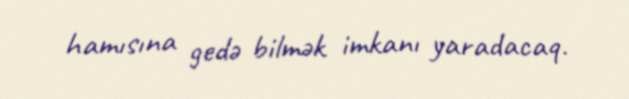
hamısına gedə bilmək imkanı yaradacaq.